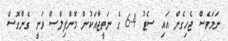
ނަމަވެސް ޖެހިގެން އައި ސެޓު 4-6 ގެ ނަތީޖާއަކުން މޮންފިލްސް ވަނީ ގެންގޮސް